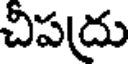
చిపద్రు